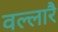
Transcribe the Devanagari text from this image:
वल्लारै